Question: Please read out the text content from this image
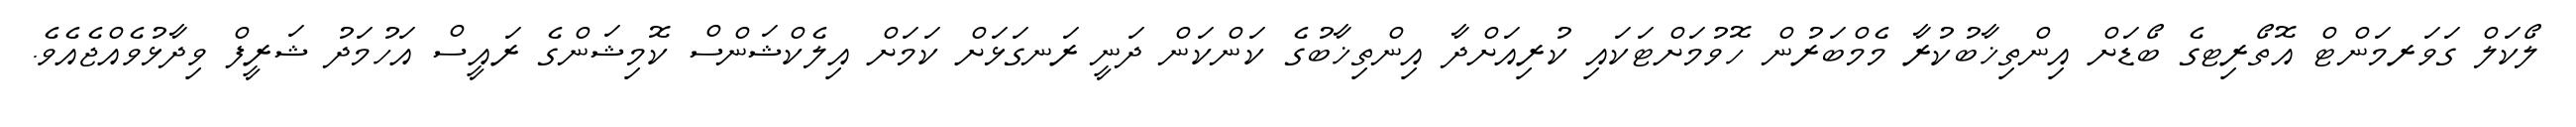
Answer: ލޯކަލް ގަވަރމަންޓް އޮތޯރިޓގެ ބޯޑަށް އިންތިޚާބުކުރާ މެމްބަރުން ހޮވުމަށްޓަކައި ކުރިއަށްދާ އިންތިޚާބުގެ ކަންކަން ދަނީ ރަނގަޅަށް ކަމަށް އިލެކްޝަންސް ކޮމިޝަންގެ ރައީސް އަހުމަދު ޝަރީފް ވިދާޅުވެއްޖެއެވެ.